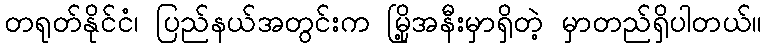
တရုတ်နိုင်ငံ၊ ပြည်နယ်အတွင်းက မြို့အနီးမှာရှိတဲ့ မှာတည်ရှိပါတယ်။